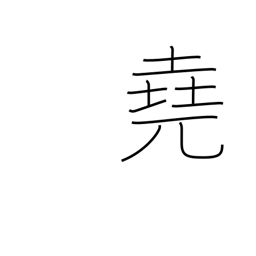
Meaning: far